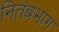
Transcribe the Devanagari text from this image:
नितंबभाग